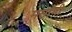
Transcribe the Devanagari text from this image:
मसामी